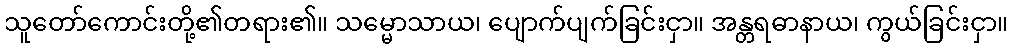
သူတော်ကောင်းတို့၏တရား၏။ သမ္မောသာယ၊ ပျောက်ပျက်ခြင်းငှာ။ အန္တရဓာနာယ၊ ကွယ်ခြင်းငှာ။